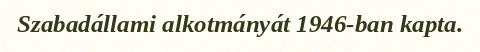
Szabadállami alkotmányát 1946-ban kapta.